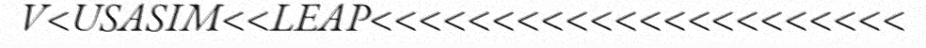
V<USASIM<<LEAP<<<<<<<<<<<<<<<<<<<<<<